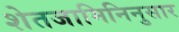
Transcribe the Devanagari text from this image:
शेतजामिनिनुसार